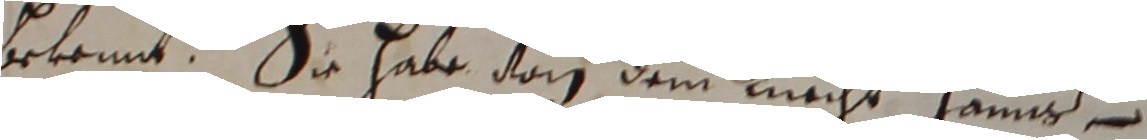
bekemt. So habe dan dem lnecht hann